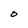
Character: O